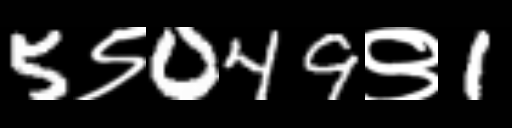
Text: 5९049९1